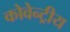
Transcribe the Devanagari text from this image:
कोवेन्ट्रीय